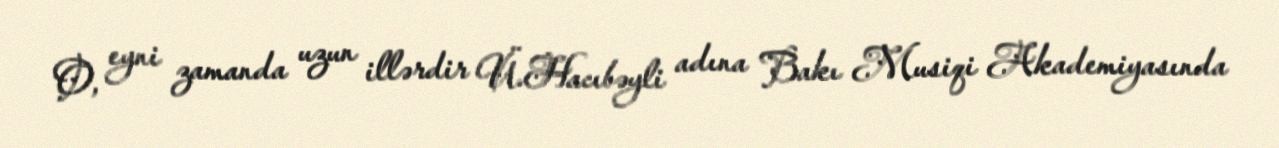
O, eyni zamanda uzun illərdir Ü.Hacıbəyli adına Bakı Musiqi Akademiyasında